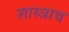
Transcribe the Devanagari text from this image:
शास्त्राथ